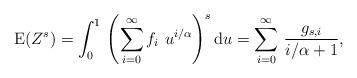
LaTeX: \begin{align*}\mathrm{E}(Z^s)=\int_{0}^{1}\,\left(\sum_{i=0}^{\infty} f_i\,\,u^{i/\alpha}\right)^s\mathrm{d}u=\sum_{i=0}^{\infty}\,\frac{g_{s,i}}{i/\alpha+1},\end{align*}